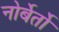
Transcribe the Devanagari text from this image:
नोर्बेर्तो